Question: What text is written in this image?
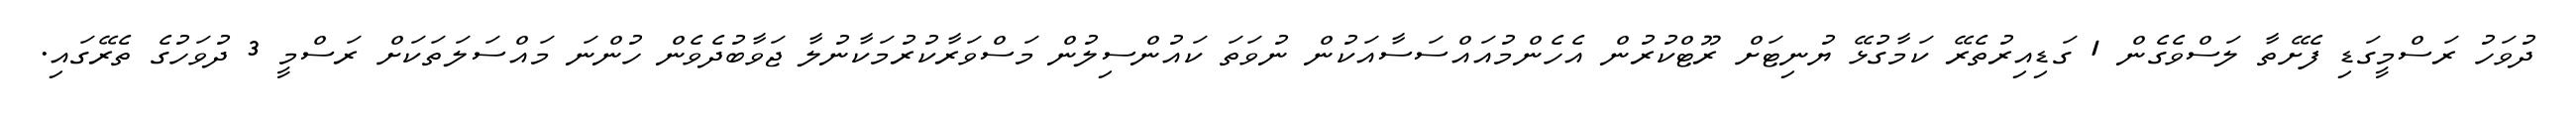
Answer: ދުވަހު ރަސްމީގަޑި ފެށޭތާ ލަސްވެގެން 1 ގަޑިއިރުތެރޭ ކަމާގުޅޭ ޔުނިޓަށް ރޫޓްކުރުން އެހެންމުއައްސަސާއަކުން ނުވަތަ ކައުންސިލުން މަސްވަރާކުރުމަކާނުލާ ޖަވާބުދެވެން ހުންނަ މައްސަލަތަކަށް ރަސްމީ 3 ދުވަހުގެ ތެރޭގައި.